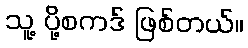
သူ့ ပို့စကဒ် ဖြစ်တယ်။